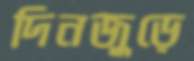
দিনজুড়ে